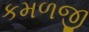
કમળજી